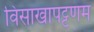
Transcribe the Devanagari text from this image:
विसाखापट्टणम